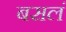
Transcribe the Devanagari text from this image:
बसलं